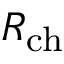
R _ { \mathrm { c h } }